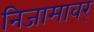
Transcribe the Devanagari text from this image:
निजामावर्